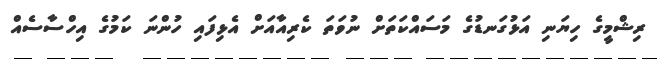
ރިޝްމީގެ ހިޔަނި އަޅުގަނޑުގެ މަސައްކަތަށް ނުވަތަ ކެރިއާއަށް އެޅިފައި ހުންނަ ކަމުގެ އިހްސާސެއް